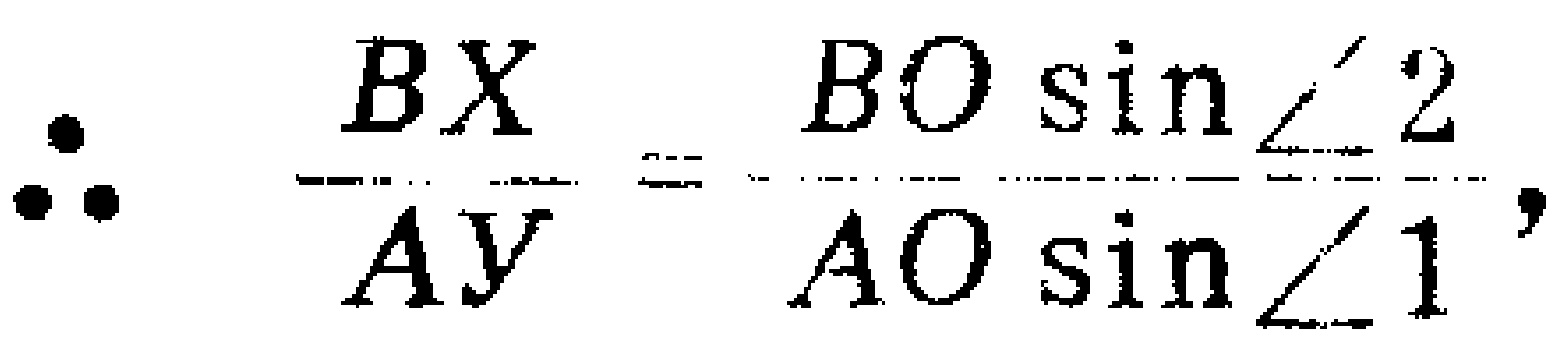
\(\therefore\quad \frac{BX}{AY}=\frac{BO\sin\angle 2}{AO\sin\angle 1},\)